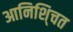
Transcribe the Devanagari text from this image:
आनिशि्चत